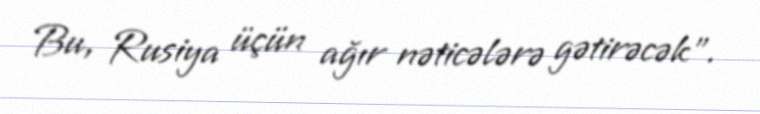
Bu, Rusiya üçün ağır nəticələrə gətirəcək”.